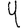
Digit: 4